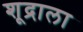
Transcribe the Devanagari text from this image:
शूद्राला